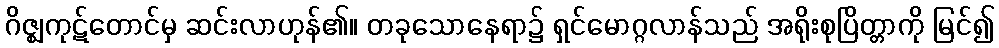
ဂိဇ္ဈကုဋ်တောင်မှ ဆင်းလာဟုန်၏။ တခုသောနေရာ၌ ရှင်မောဂ္ဂလာန်သည် အရိုးစုပြိတ္တာကို မြင်၍